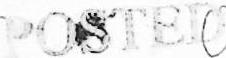
POSTED